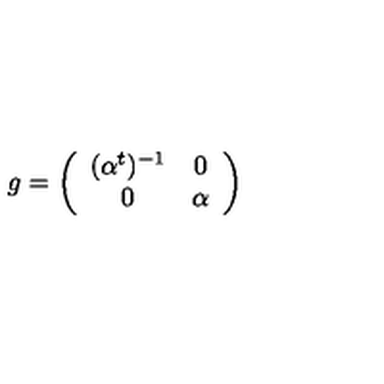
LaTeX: g = \left( \begin{array} { c c } { ( \alpha ^ { t } ) ^ { - 1 } } & { 0 } \\ { 0 } & { \alpha } \\ \end{array} \right)